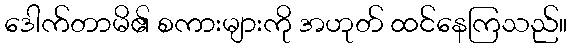
ဒေါက်တာမိ၏ စကားများကို အဟုတ် ထင်နေကြသည်။